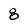
Character: 8